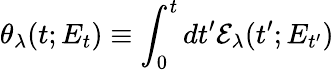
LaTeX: \theta_{\lambda}(t;E_{t})\equiv\int_{0}^{t}dt^{\prime}\mathcal{E}_{\lambda}(t^{\prime};E_{t^{\prime}})